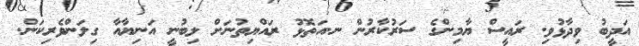
އަދީބު ވިދާޅުވި. ރައީސް ޔާމިންގެ ސަރުކާރުން ނ.އަތޮޅު ރައްޔިތުނަށް ލިބުނީ އަނިޔާއާ ގިލަންވެރިކަން.